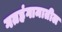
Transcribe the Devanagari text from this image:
गतहंगामातील